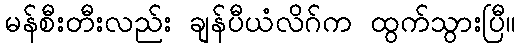
မန်စီးတီးလည်း ချန်ပီယံလိဂ်က ထွက်သွားပြီ။